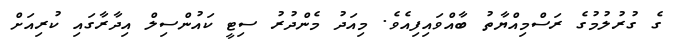
ގެ ގުރުލުމުގެ ރަސްމިއްޔާތު ބާއްވައިފިއެވެ. މިއަދު މެންދުރު ސިޓީ ކައުންސިލް އިދާރާގައި ކުރިއަށް